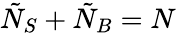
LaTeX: \tilde{N}_{S}+\tilde{N}_{B}=N